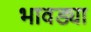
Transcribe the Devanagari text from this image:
भावड्या